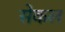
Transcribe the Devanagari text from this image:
सेकल